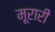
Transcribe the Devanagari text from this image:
मूरारी